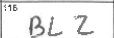
Transcription: BLZ